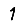
Digit: 1